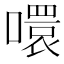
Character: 噮